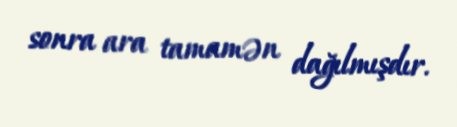
sonra ara tamamən dağılmışdır.